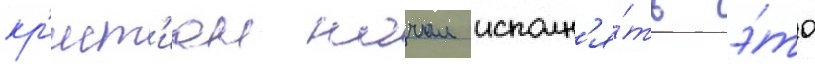
кр'ист'иан начал исполн'я́ть э́то